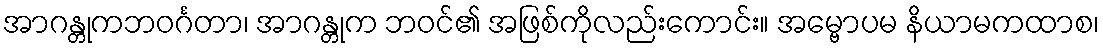
အာဂန္တုကဘဝင်္ဂတာ၊ အာဂန္တုက ဘဝင်၏ အဖြစ်ကိုလည်းကောင်း။ အမ္ဗောပမ နိယာမကထာစ၊